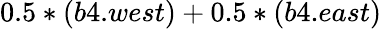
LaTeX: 0.5*(b4.west)+0.5*(b4.east)